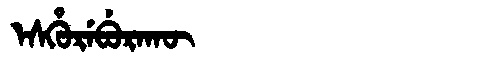
Manchu: ᡝᠰᡥᡠᡵᡝᠪᡠᡵᠠᡴᡡ
Romanization: ESHUREBURAKŪ